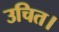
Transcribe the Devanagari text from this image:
उचित।